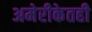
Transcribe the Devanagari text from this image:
अमेरीकेतही